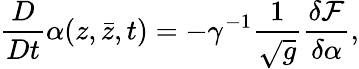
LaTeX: \frac{D}{Dt}\alpha(z,{\bar{z}},t)=-\gamma^{-1}\frac{1}{\sqrt{g}}\frac{\delta\mathcal F}{\delta\alpha},